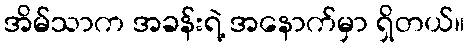
အိမ်သာက အခန်းရဲ့ အနောက်မှာ ရှိတယ်။